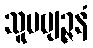
သူပဗျဉ္ဇနံ